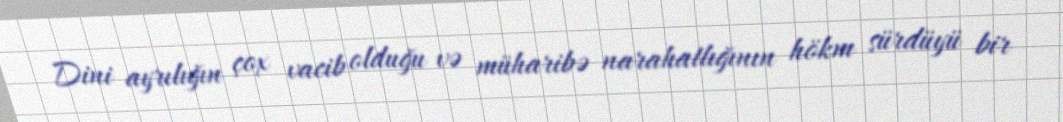
Dini ayrılığın çox vacib olduğu və müharibə narahatlığının hökm sürdüyü bir